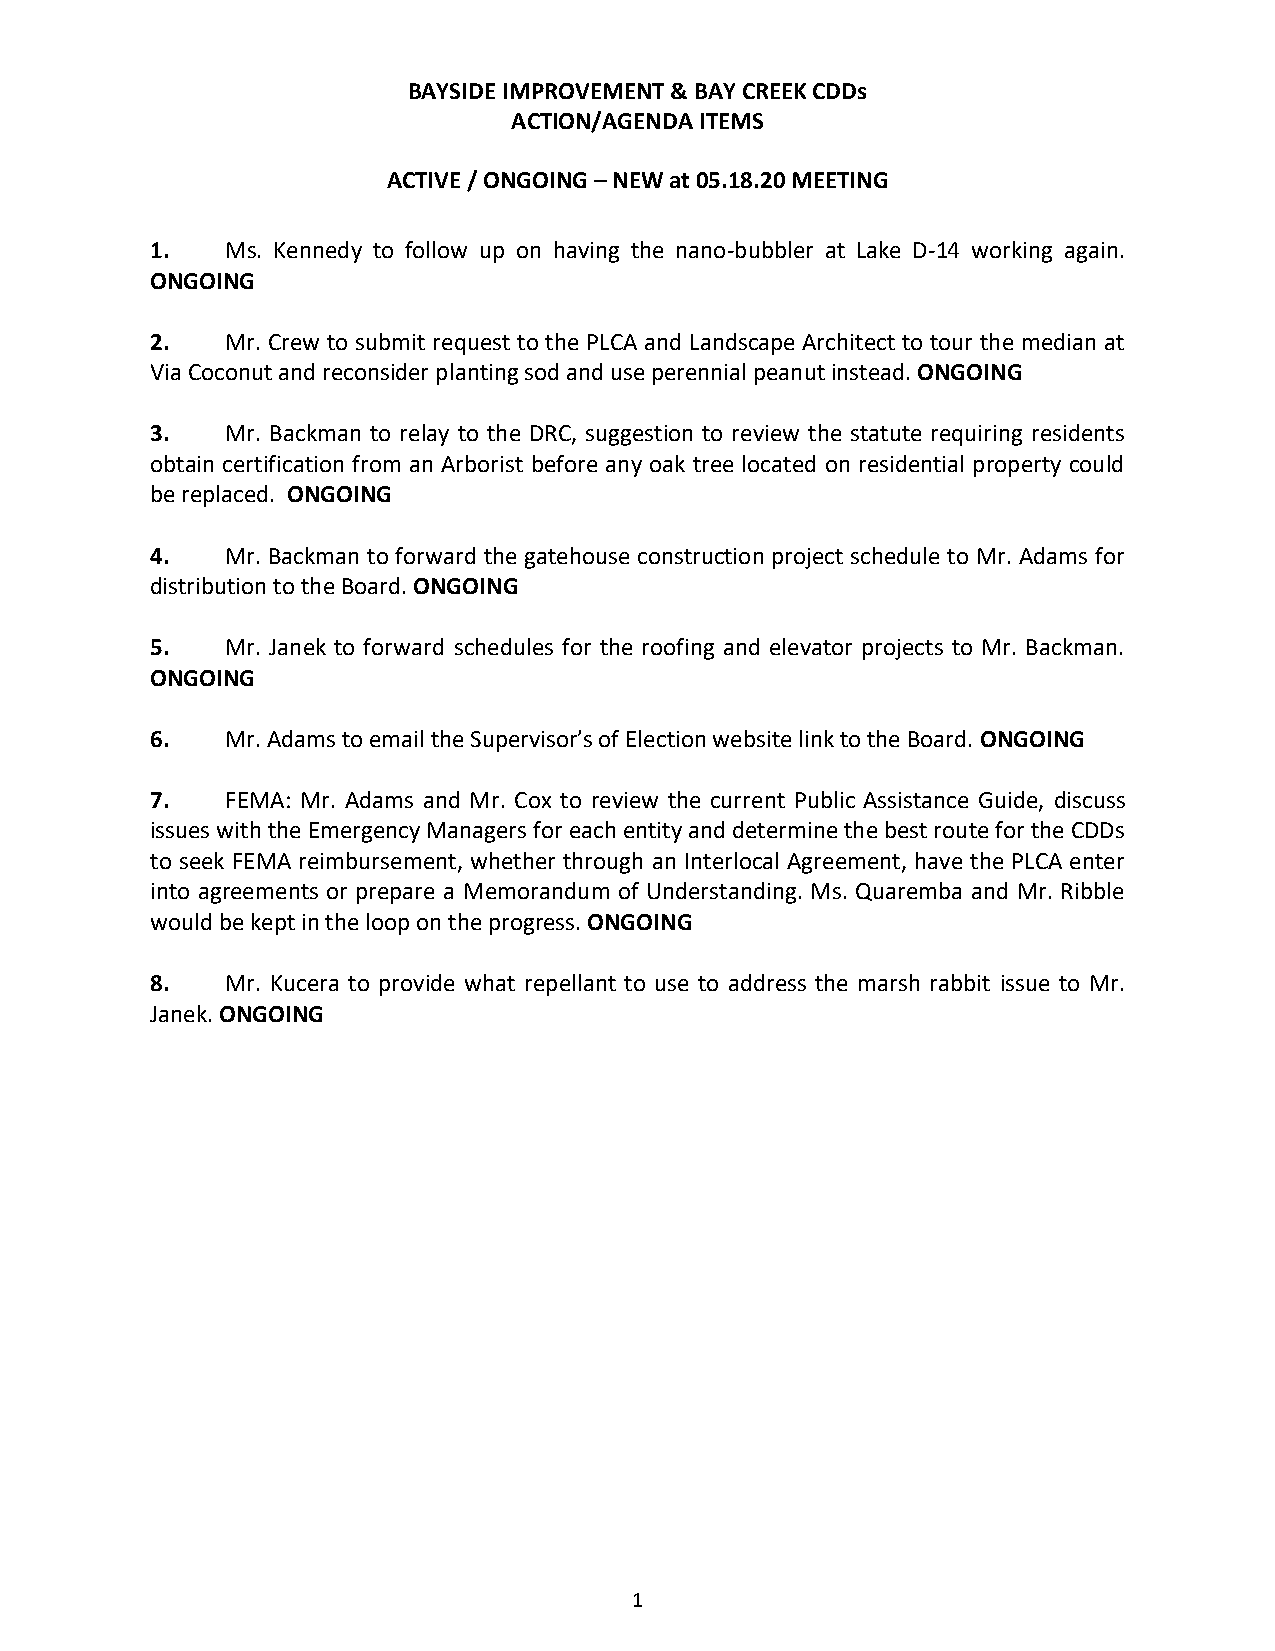
BAYSIDE IMPROVEMENT & BAY CREEK CDDs
 ACTION/AGENDA ITEMS
 ACTIVE / ONGOING – NEW at 05.18.20 MEETING
 1.   Ms. Kennedy to follow up on having the nano-bubbler at Lake D-14 working again.
 ONGOING
 2.   Mr. Crew to submit request to the PLCA and Landscape Architect to tour the median at
 Via Coconut and reconsider planting sod and use perennial peanut instead. ONGOING
 3.   Mr. Backman to relay to the DRC, suggestion to review the statute requiring residents
 obtain certification from an Arborist before any oak tree located on residential property could
 be replaced. ONGOING
 4.   Mr. Backman to forward the gatehouse construction project schedule to Mr. Adams for
 distribution to the Board. ONGOING
 5.   Mr. Janek to forward schedules for the roofing and elevator projects to Mr. Backman.
 ONGOING
 6.   Mr. Adams to email the Supervisor’s of Election website link to the Board. ONGOING
 7.   FEMA: Mr. Adams and Mr. Cox to review the current Public Assistance Guide, discuss
 issues with the Emergency Managers for each entity and determine the best route for the CDDs
 to seek FEMA reimbursement, whether through an Interlocal Agreement, have the PLCA enter
 into agreements or prepare a Memorandum of Understanding. Ms. Quaremba and Mr. Ribble
 would be kept in the loop on the progress. ONGOING
 8.   Mr. Kucera to provide what repellant to use to address the marsh rabbit issue to Mr.
 Janek. ONGOING
 1